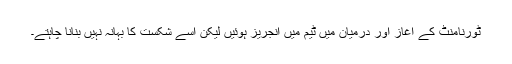
ٹورنامنٹ کے آغاز اور درمیان میں ٹیم میں انجریز ہوئیں لیکن اسے شکست کا بہانہ نہیں بنانا چاہتے۔